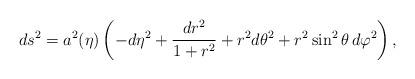
LaTeX: \begin{align*}ds^2 = a^2(\eta)\left(- d\eta^2 + \frac{dr^2}{1+r^2}+ r^2 d\theta^2 + r^2\sin^2 \theta \, d\varphi^2\right),\end{align*}